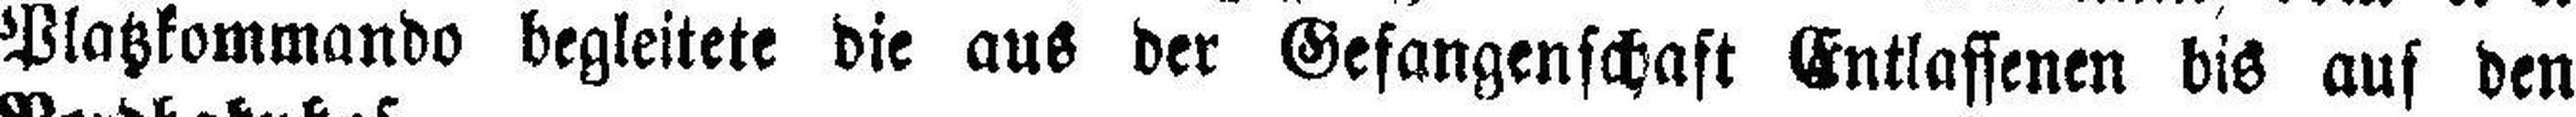
Platzkommando begleitete die aus der Gefangenschaft Entlassenen bis auf den